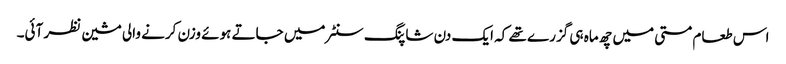
اس طعام مستی میں چھ ماہ ہی گزرے تھے کہ ایک دن شاپنگ سنٹر میں جاتے ہوئے وزن کرنے والی مشین نظر آئی۔